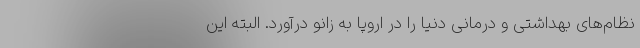
نظام‌های بهداشتی و درمانی دنیا را در اروپا به زانو درآورد. البته این